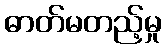
ဓာတ်မတည့်မှု